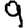
Digit: 9